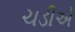
ચડીએ